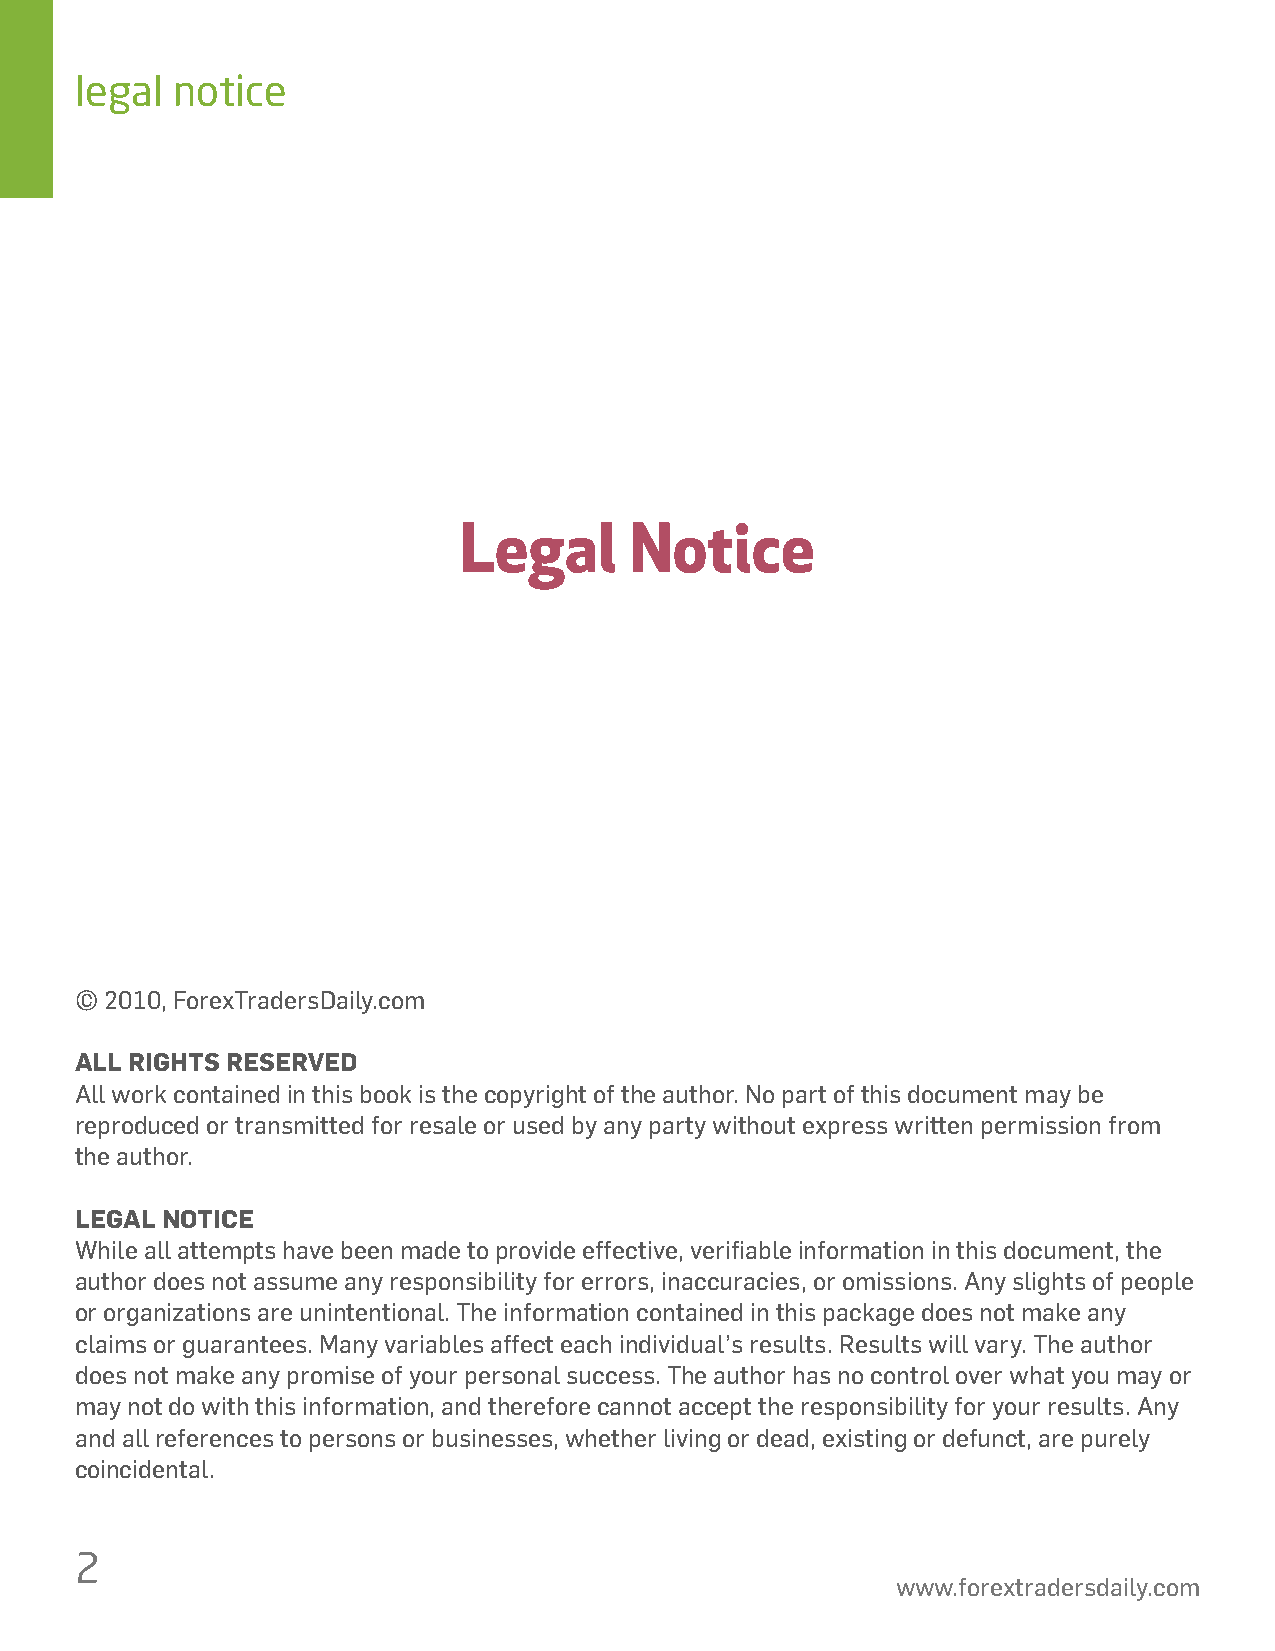
legal notice
 Legal       Notice
 © 2010, ForexTradersDaily.com
 ALL RIGHTS RESERVED
 All work contained in this book is the copyright of the author. No part of this document may be
 reproduced or transmitted for resale or used by any party without express written permission from
 the author.
 LEGAL NOTICE
 While all attempts have been made to provide effective, verifiable information in this document, the
 author does not assume any responsibility for errors, inaccuracies, or omissions. Any slights of people
 or organizations are unintentional. The information contained in this package does not make any
 claims or guarantees. Many variables affect each individual’s results. Results will vary. The author
 does not make any promise of your personal success. The author has no control over what you may or
 may not do with this information, and therefore cannot accept the responsibility for your results. Any
 and all references to persons or businesses, whether living or dead, existing or defunct, are purely
 coincidental.
 2
 www.forextradersdaily.com